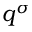
q ^ { \sigma }